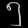
Digit: ၅